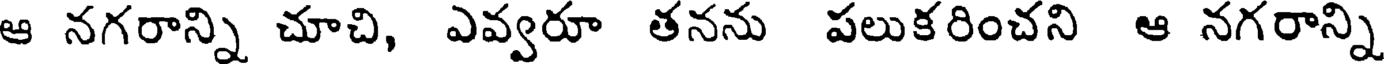
ఆ నగరాన్ని చూచి, ఎవ్వరూ తనను పలుకరించని ఆ నగరాన్ని